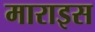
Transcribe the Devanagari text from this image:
माराइस